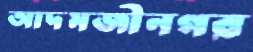
আদমজীনগর